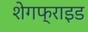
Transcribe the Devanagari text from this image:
शेगफ्राइड